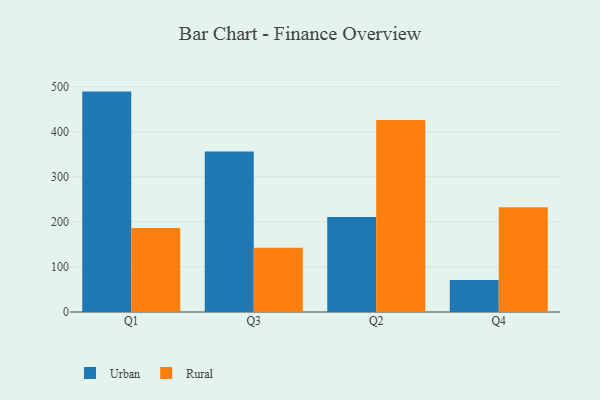
{"axis": {"x": "Quarter", "y": "Conversion Rate (%)"}, "legend": ["Rural", "Urban"], "data": [{"x": "Q1", "y": 489.1, "type": "Urban"}, {"x": "Q1", "y": 186.3, "type": "Rural"}, {"x": "Q3", "y": 356.4, "type": "Urban"}, {"x": "Q3", "y": 142.5, "type": "Rural"}, {"x": "Q2", "y": 210.8, "type": "Urban"}, {"x": "Q2", "y": 426.0, "type": "Rural"}, {"x": "Q4", "y": 71.0, "type": "Urban"}, {"x": "Q4", "y": 232.2, "type": "Rural"}]}